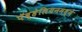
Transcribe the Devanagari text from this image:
पॅव्हेलियनमध्ये